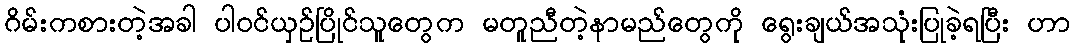
ဂိမ်းကစားတဲ့အခါ ပါဝင်ယှဉ်ပြိုင်သူတွေက မတူညီတဲ့နာမည်တွေကို ရွေးချယ်အသုံးပြုခဲ့ရပြီး ဟာ